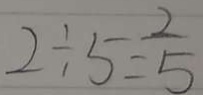
2 \div 5 = \frac { 2 } { 5 }